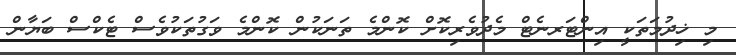
މި ޚިދުމަތަކީ އިންޓަރނެޓް މެދުވެރިކޮށް ކޮންމެ ތަނަކުން ކޮންމެ ވަގުތަކުވެސް ޓެކްސް ބަޔާން